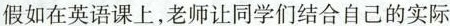
假如在英语课上，老师让同学们结合自己的实际